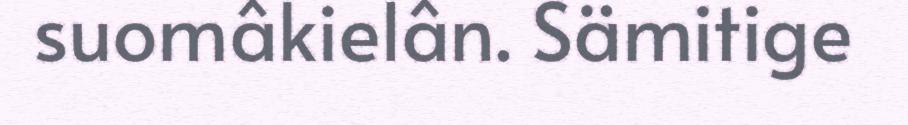
suomâkielân. Sämitige